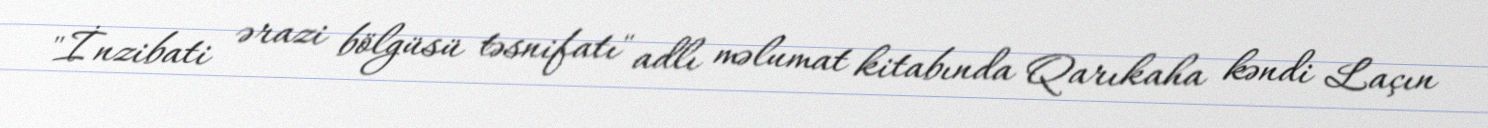
"İnzibati ərazi bölgüsü təsnifatı" adlı məlumat kitabında Qarıkaha kəndi Laçın